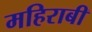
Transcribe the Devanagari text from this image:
महिराबी